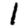
Digit: 1